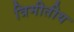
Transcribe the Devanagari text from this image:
त्रिमीतीय